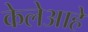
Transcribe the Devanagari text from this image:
केलेआहे